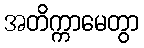
အတိက္ကာမေတွာ